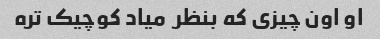
او اون چیزی که بنظر  میاد کوچیک تره